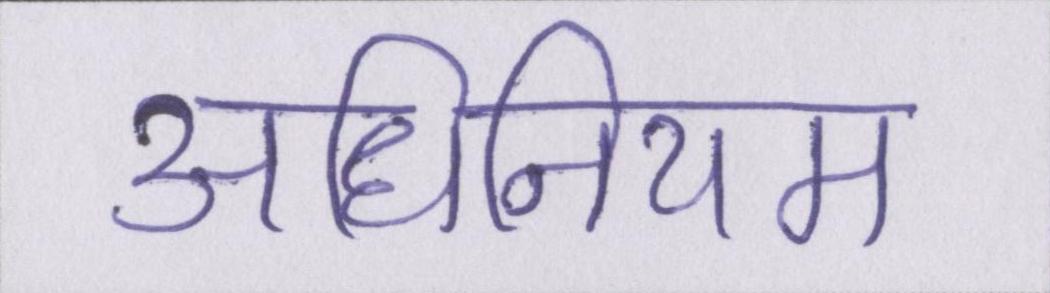
अधिनियम